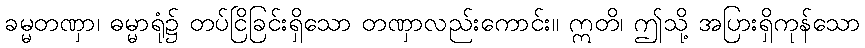
ခမ္မတဏှာ၊ ဓမ္မာရုံ၌ တပ်ငြိခြင်းရှိသော တဏှာလည်းကောင်း။ ဣတိ၊ ဤသို့ အပြားရှိကုန်သော